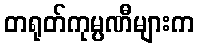
တရုတ်ကုမ္ပဏီများက